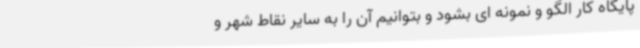
پایگاه کار الگو و نمونه ای بشود و بتوانیم آن را به سایر نقاط شهر و